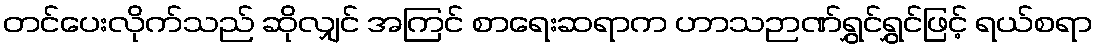
တင်ပေးလိုက်သည် ဆိုလျှင် အကြင် စာရေးဆရာက ဟာသဉာဏ်ရွှင်ရွှင်ဖြင့် ရယ်စရာ